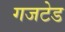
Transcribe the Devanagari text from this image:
गजटेड